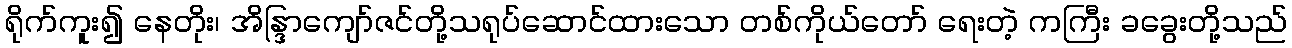
ရိုက်ကူး၍ နေတိုး၊ အိန္ဒြာကျော်ဇင်တို့သရုပ်ဆောင်ထားသော တစ်ကိုယ်တော် ရေးတဲ့ ကကြီး ခခွေးတို့သည်